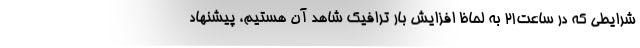
شرایطی که در ساعت۲۱ به لحاظ افزایش بار ترافیک شاهد آن هستیم، پیشنهاد